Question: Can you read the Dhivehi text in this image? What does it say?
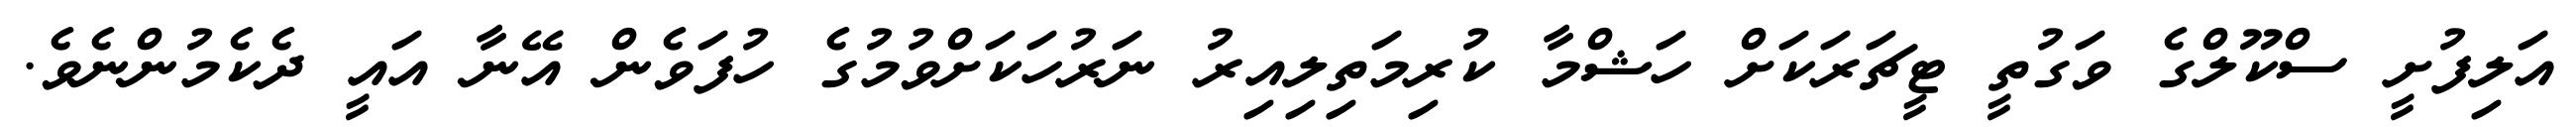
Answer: އަލިފުށީ ސްކޫލްގެ ވަގުތީ ޓީޗަރަކަށް ހަޝްމާ ކުރިމަތިލިއިރު ނަރުހަކަށްވުމުގެ ހުފަވެން އޭނާ އައީ ދެކެމުންނެވެ.